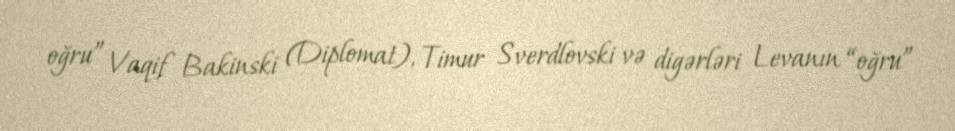
oğru” Vaqif Bakinski (Diplomat), Timur Sverdlovski və digərləri Levanın “oğru”